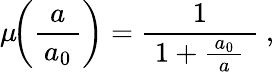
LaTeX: \mu\! \! \left({\frac{a}{\, a_{0}\, }}\right)={\frac{1}{\; 1+{\frac{\, a_{0}\, }{a}}\; }}~,